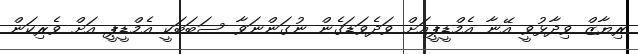
ރިޔާޒް ވިދާޅުވީ އޭނާ އެމްޑީޕީއަށް ވަދެވަޑަގެން ނުގަންނަވާ ސަބަބަކީ އެމްޑީޕީ އަށް ވެރިކަން